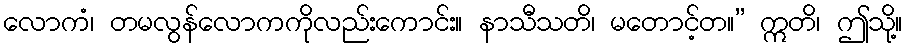
လောကံ၊ တမလွန်လောကကိုလည်းကောင်း။ နာသီသတိ၊ မတောင့်တ။” ဣတိ၊ ဤသို့။